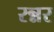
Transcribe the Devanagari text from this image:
रन्नर